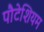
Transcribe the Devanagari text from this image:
पौटेशियम